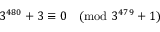
3 ^ { 4 8 0 } + 3 \equiv 0 { \pmod { 3 ^ { 4 7 9 } + 1 } }